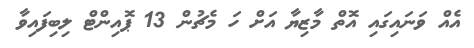
އެއް ވަނައިގައި އޮތް މާޒިޔާ އަށް ހަ މެޗުން 13 ޕޮއިންޓް ލިބިފައިވާ